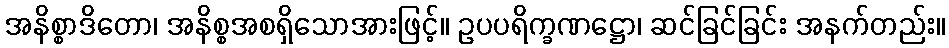
အနိစ္စာဒိတော၊ အနိစ္စအစရှိသောအားဖြင့်။ ဥပပရိက္ခဏဋ္ဌော၊ ဆင်ခြင်ခြင်း အနက်တည်း။